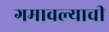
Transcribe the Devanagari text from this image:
गमावल्याची